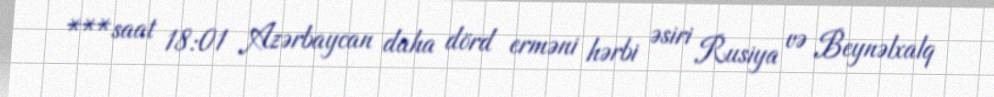
***saat 18:01 Azərbaycan daha dörd erməni hərbi əsiri Rusiya və Beynəlxalq